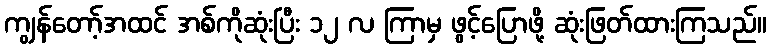
ကျွန်တော့်အထင် အစ်ကိုဆုံးပြီး ၁၂ လ ကြာမှ ဖွင့်ပြောဖို့ ဆုံးဖြတ်ထားကြသည်။